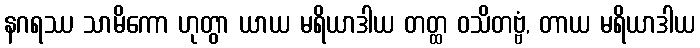
နဂရဿ သာမိကော ဟုတွာ ယာယ မရိယာဒါယ တတ္ထ ဝသိတဗ္ဗံ, တာယ မရိယာဒါယ